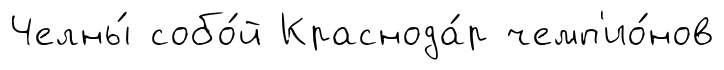
Челны́ собо́й Краснода́р чемп'ио́нов